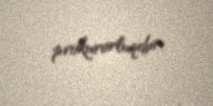
prokurorluqdur.